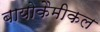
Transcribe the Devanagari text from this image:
बायोकैमीकल